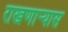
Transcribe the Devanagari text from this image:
राखणाऱ्यास